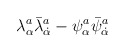
\begin{align*}\lambda^a_\alpha\bar{\lambda}^a_{\dot\alpha} -\psi^a_\alpha\bar{\psi}^a_{\dot\alpha}\end{align*}